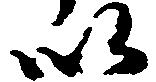
以